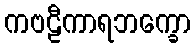
ကဗဠီကာရဘက္ခော